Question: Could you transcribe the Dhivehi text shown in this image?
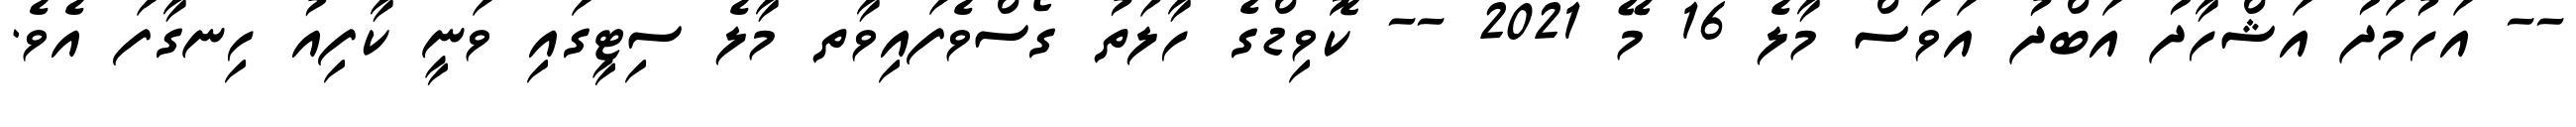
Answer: -- އަހުމަދު އަޝްހާދު އަބްދު އަވަސް މާލެ 16 މޭ 2021 -- ކޮވިޑްގެ ހާލަތު ގޯސްވެފައިވާތ މާލެ ސިޓީގައި ވަނީ ކާފިއު ހިނގާފަ އެވެ.